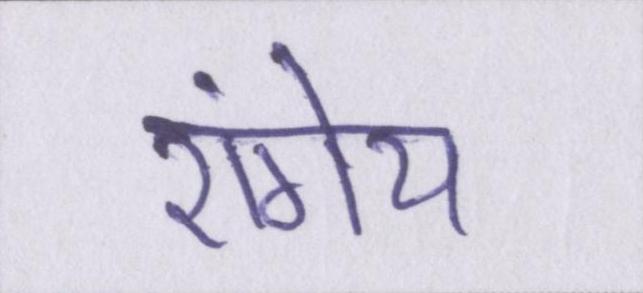
रांगेय